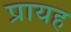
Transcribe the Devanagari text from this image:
प्रायह